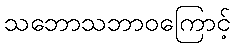
သဘောသဘာဝကြောင့်